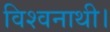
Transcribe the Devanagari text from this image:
विश्वनाथी।